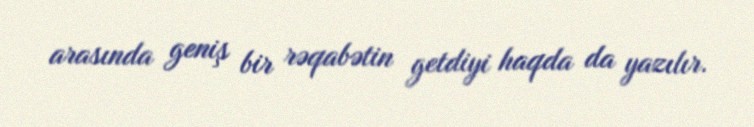
arasında geniş bir rəqabətin getdiyi haqda da yazılır.